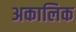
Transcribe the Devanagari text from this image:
अकालिक